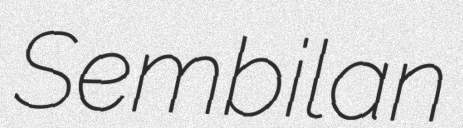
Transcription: Sembilan